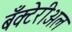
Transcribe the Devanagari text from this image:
बँक्टेरीअल